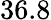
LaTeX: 36.8